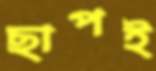
ছাপই